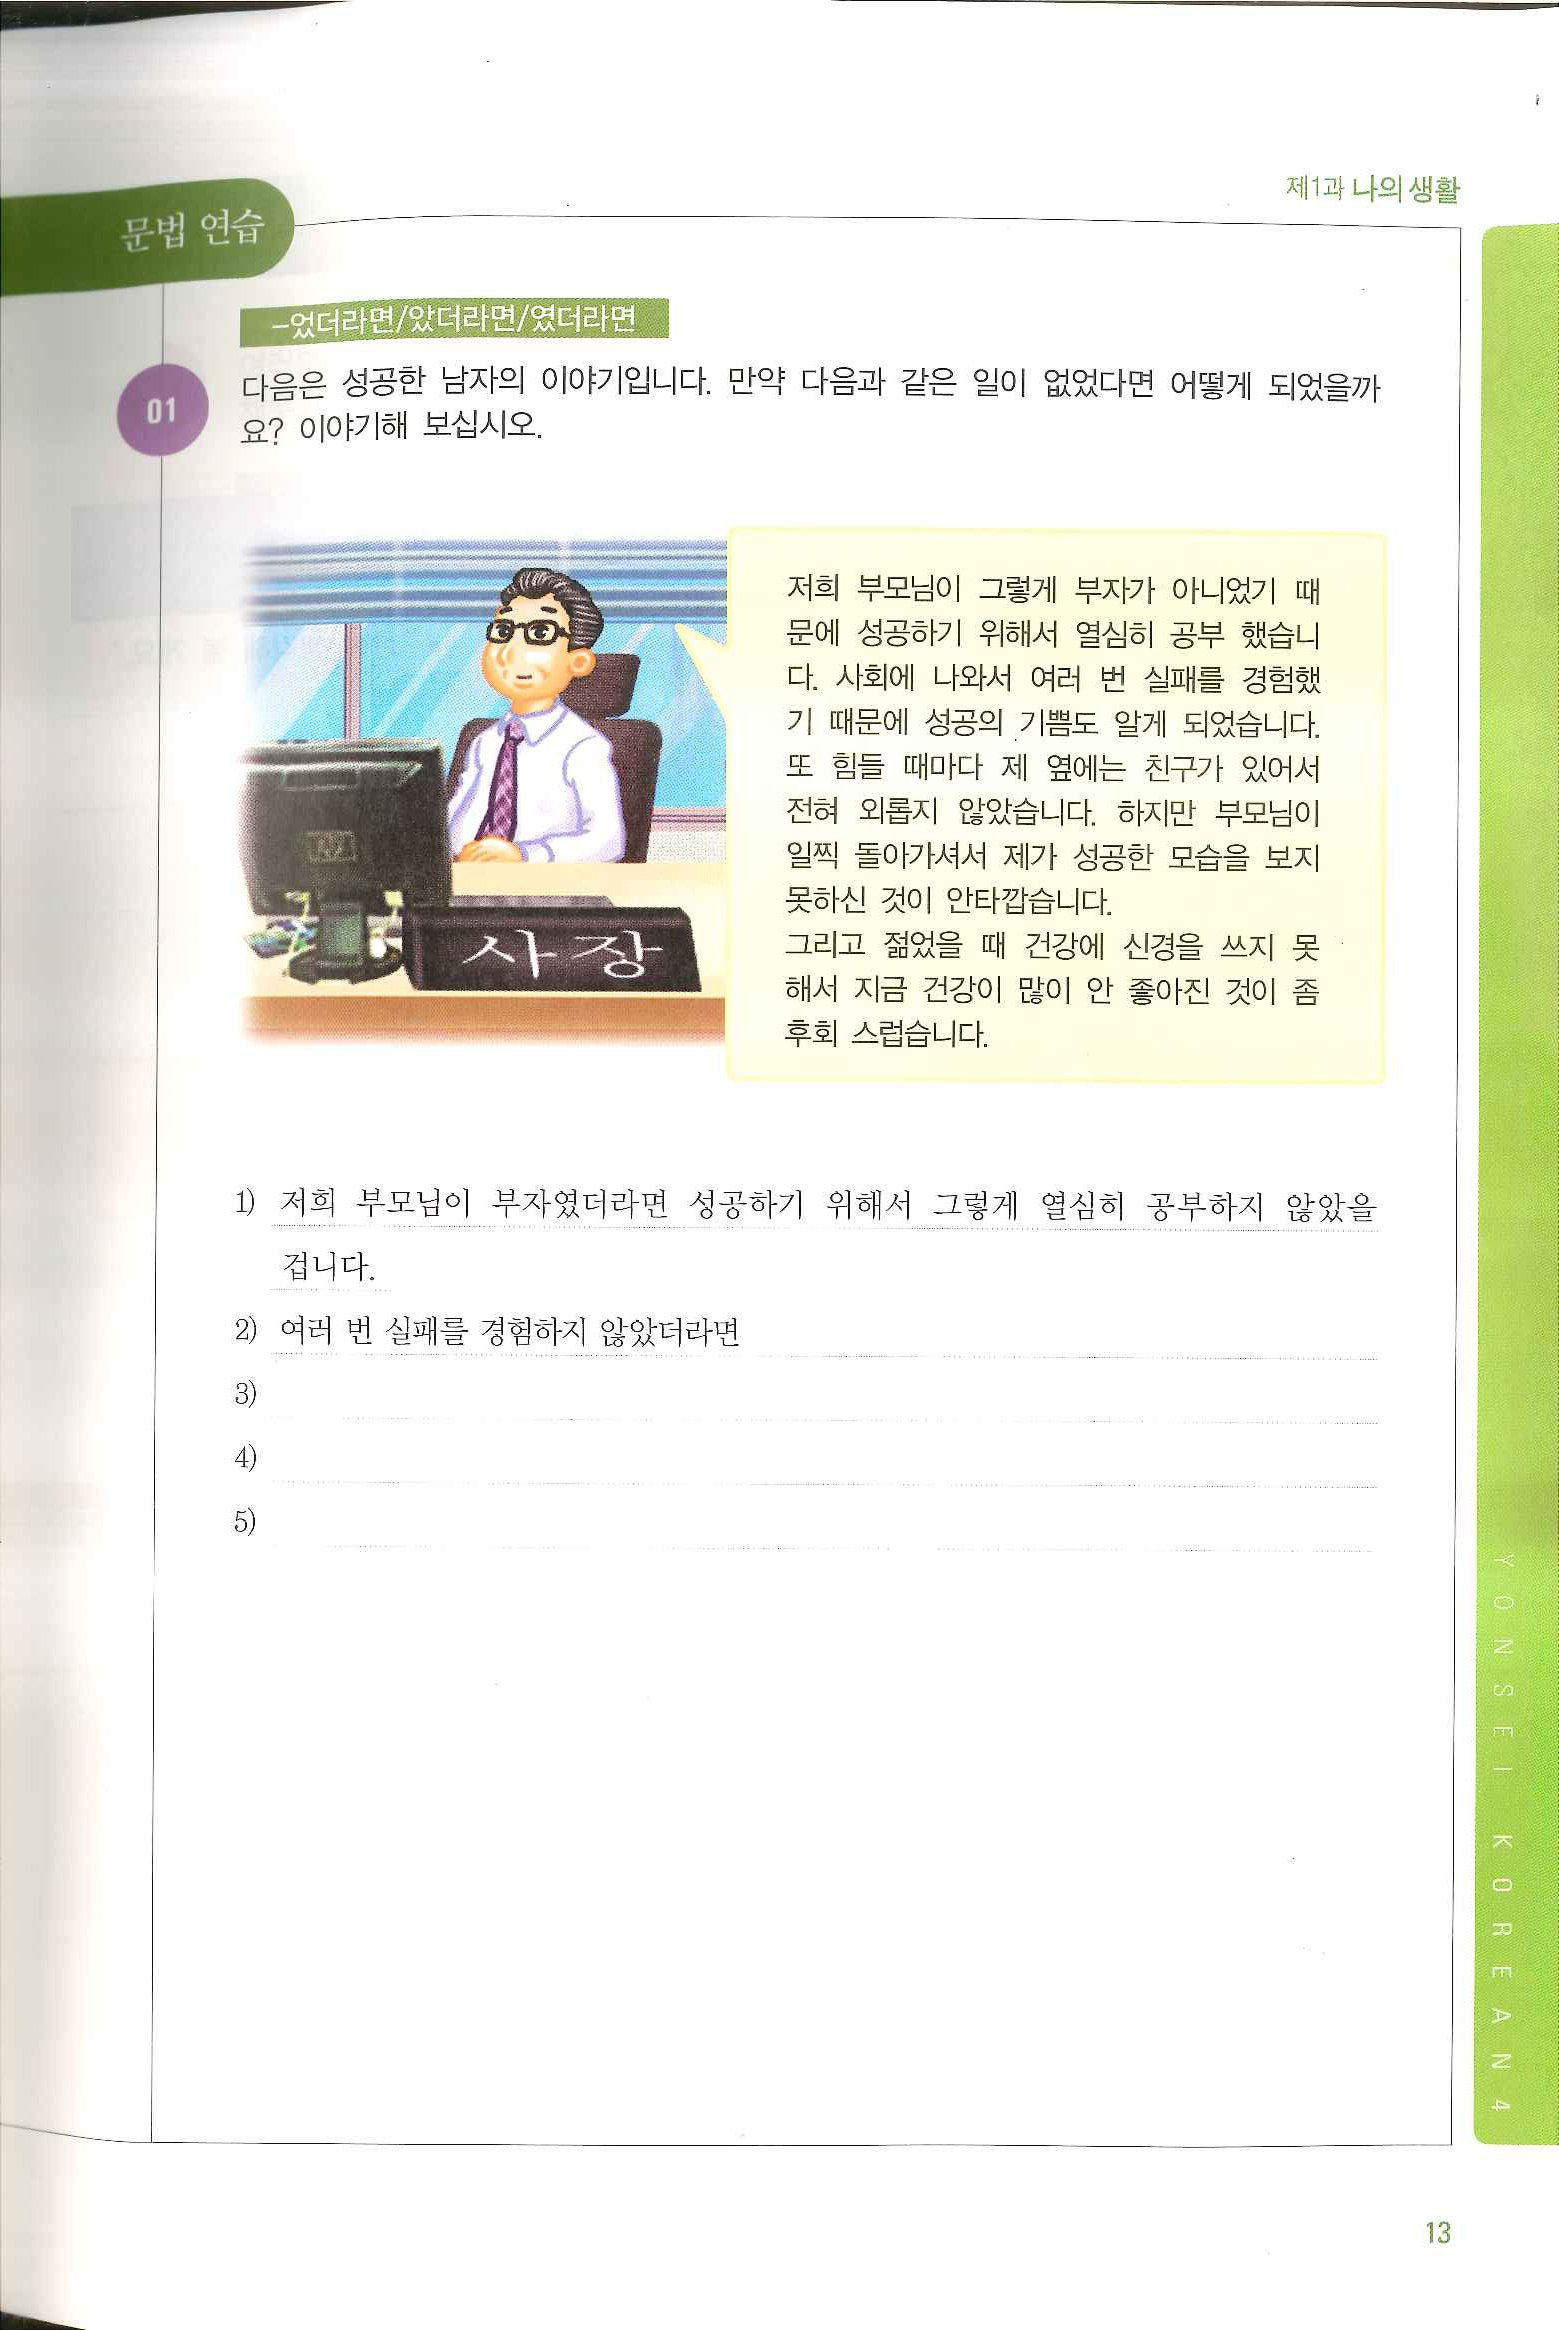
Language: ko